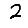
Digit: 2